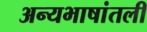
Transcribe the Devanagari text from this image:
अन्यभाषांतली